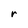
Character: r